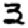
Digit: 3